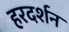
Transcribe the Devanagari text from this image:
हरदर्शन